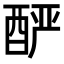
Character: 酽